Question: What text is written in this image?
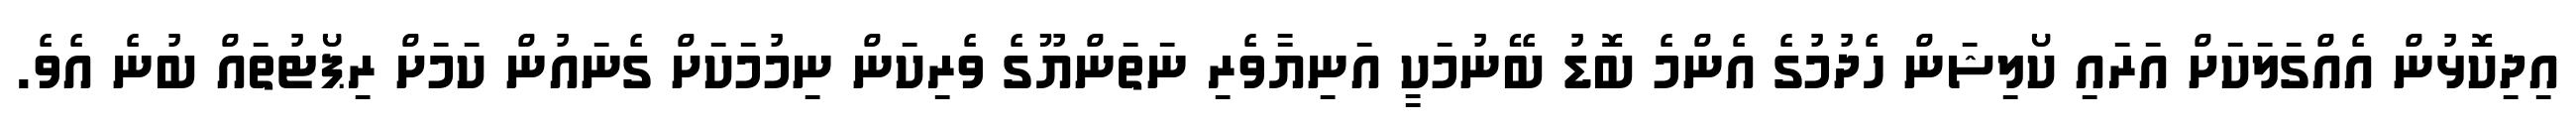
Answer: އިދިކޮޅުން އެއްގަލަކަށް އަރައި ކޯލިޝަން ހެދުމުގެ އެންމެ ބޮޑު ބޭނުމަކީ އަނިޔާވެރި ނަތަންޔޫގެ ވެރިކަން ނިމުމަކަށް ގެނައުން ކަމަށް ރިޕޯޓުތައް ބުނެ އެވެ.